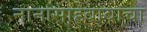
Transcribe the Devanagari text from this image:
नानासाहेबांबाचा